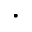
\cdot